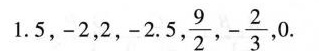
1.5,-2,2,-2.5, \frac{9}{2},- \frac{2}{3},0.